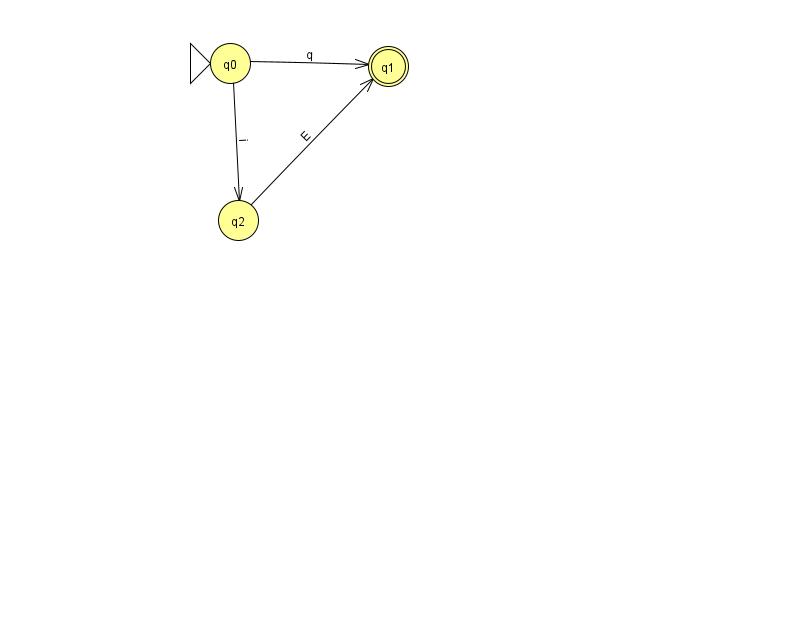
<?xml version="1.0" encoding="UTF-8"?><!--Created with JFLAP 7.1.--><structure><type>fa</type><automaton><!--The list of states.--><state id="0" name="q0"><x>230.0</x><y>50.0</y><initial/></state><state id="1" name="q1"><x>388.0</x><y>53.0</y><final/></state><state id="2" name="q2"><x>238.0</x><y>207.0</y></state><!--The list of transitions.--><transition><from>2</from><to>1</to><read>E</read></transition><transition><from>0</from><to>1</to><read>q</read></transition><transition><from>0</from><to>2</to><read>i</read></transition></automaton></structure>